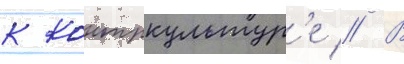
к контркультур'е // В